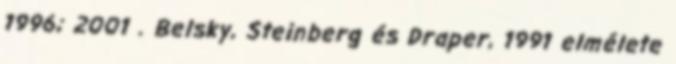
1996; 2001 . Belsky, Steinberg és Draper, 1991 elmélete